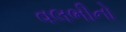
વલભીનો